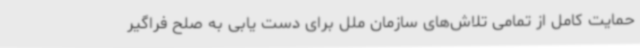
حمایت کامل از تمامی تلاش‌های سازمان ملل برای دست یابی به صلح فراگیر